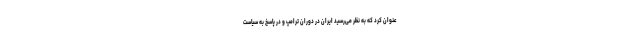
عنوان کرد که به نظر می‌رسید ایران در دوران ترامپ و در پاسخ به سیاست